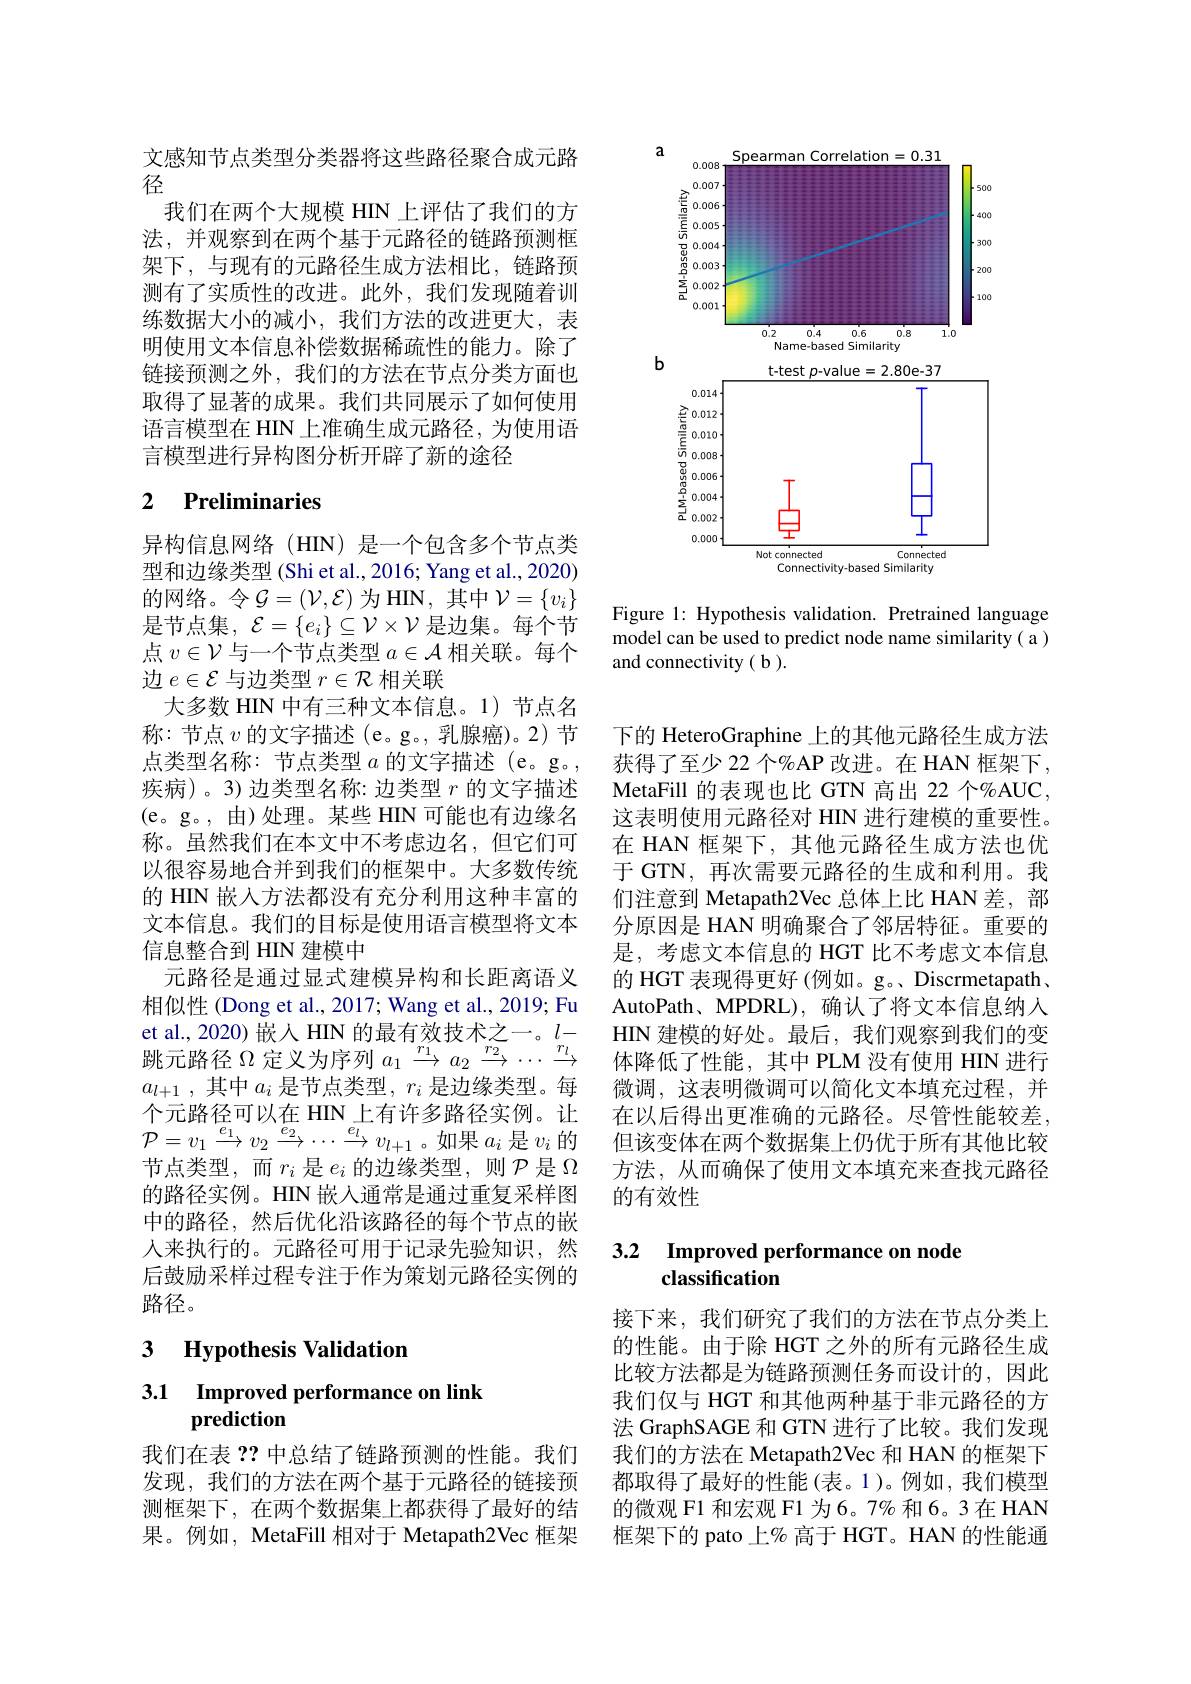
文感知节点类型分类器将这些路径聚合成元路
径
我们在两个大规模 HIN 上评估了我们的方法，并观察到在两个基于元路径的链路预测框架下，与现有的元路径生成方法相比，链路预测有了实质性的改进。此外，我们发现随着训练数据大小的减小，我们方法的改进更大，表明使用文本信息补偿数据稀疏性的能力。除了链接预测之外，我们的方法在节点分类方面也取得了显著的成果。我们共同展示了如何使用语言模型在 HIN 上准确生成元路径，为使用语言模型进行异构图分析开辟了新的途径

# 2 Preliminaries

异构信息网络(HIN)是一个包含多个节点类型和边缘类型 (Shi et al., 2016; Yang et al., 2020) 的网络。令$\mathcal{G}=(\mathcal{V},\mathcal{E})$ 为 HIN, 其中 $\mathcal{V}=\{v_i\}$ 是节点集，$\mathcal{E}=\{e_i\}\subseteq\mathcal{V}\times\mathcal{V}$是边集。每个节点$v\in\mathcal{V}$与一个节点类型$a\in\mathcal{A}$相关联。每个边$e\in\mathcal{E}$与边类型$r\in\mathcal{R}$相关联
大多数 HIN 中有三种文本信息。1) 节点名称：节点$v$的文字描述(e。g。,乳腺癌)。2)节点类型名称：节点类型$a$的文字描述 (e。g。, 疾病)。3)边类型名称：边类型$r$的文字描述(e。g。,由)处理。某些 HIN可能也有边缘名称。虽然我们在本文中不考虑边名，但它们可以很容易地合并到我们的框架中。大多数传统的 HIN 嵌入方法都没有充分利用这种丰富的文本信息。我们的目标是使用语言模型将文本信息整合到 HIN 建模中
元路径是通过显式建模异构和长距离语义相似性 (Dong et al., 2017; Wang et al., 2019; Fu et al., 2020) 嵌人 HIN 的最有效技术之一。$l-$ 跳元路径$\Omega$定义为序列$a_1\xrightarrow{r_{1}}a_{2}\xrightarrow{r_{2}}\cdots\xrightarrow{r_{l}}$ $a_{l+ 1}$ ,其中$a_i$是节点类型，$r_i$是边缘类型。每个元路径可以在 HIN 上有许多路径实例。让$\mathcal{P}=v_{1}\xrightarrow{e_{1}}v_{2}\xrightarrow{e_{2}}\cdots\xrightarrow{e_{l}}v_{l+1}$。如果$a_i$ 是$v_i$ 的节点类型，而$r_i$ 是$e_i$的边缘类型，则$\mathcal{P}$ 是 $\Omega$ 的路径实例。HIN 嵌入通常是通过重复采样图中的路径，然后优化沿该路径的每个节点的嵌人来执行的。元路径可用于记录先验知识，然后鼓励采样过程专注于作为策划元路径实例的路径。

3 $\textbf{Hypothesis Validation}$

3.1 Improved performance on link
## prediction

我们在表？?中总结了链路预测的性能。我们发现，我们的方法在两个基于元路径的链接预测框架下，在两个数据集上都获得了最好的结果。例如，MetaFill 相对于 Metapath2Vec 框架

<FigureHere>

Figure 1: Hypothesis validation. Pretrained language model can be used to predict node name similarity( a ) and connectivity ( b )

下的 HeteroGraphine 上的其他元路径生成方法获得了至少 22 个%AP 改进。在 HAN 框架下， MetaFill 的表现也比 GTN 高出 22 个%AUC, 这表明使用元路径对 HIN 进行建模的重要性。在 HAN 框架下，其他元路径生成方法也优于 GTN, 再次需要元路径的生成和利用。我们注意到 Metapath2Vec 总体上比 HAN 差，部分原因是 HAN 明确聚合了邻居特征。重要的是，考虑文本信息的 HGT 比不考虑文本信息的 HGT 表现得更好 (例如。g。、Discrmetapath、 AutoPath、MPDRL), 确认了将文本信息纳人HIN 建模的好处。最后，我们观察到我们的变体降低了性能，其中 PLM 没有使用 HIN 进行微调，这表明微调可以简化文本填充过程，并在以后得出更准确的元路径。尽管性能较差。但该变体在两个数据集上仍优于所有其他比较方法，从而确保了使用文本填充来查找元路径的有效性

## 3.2 Improved performance on node classification

接下来，我们研究了我们的方法在节点分类上的性能。由于除 HGT 之外的所有元路径生成比较方法都是为链路预测任务而设计的，因此我们仅与 HGT 和其他两种基于非元路径的方法 GraphSAGE 和 GTN 进行了比较。我们发现我们的方法在 Metapath2Vec 和 HAN 的框架下都取得了最好的性能(表。1)。例如，我们模型的微观 F1 和宏观 F1 为6。7% 和 6。3 在 HAN 框架下的 pato 上% 高于 HGT。HAN 的性能通